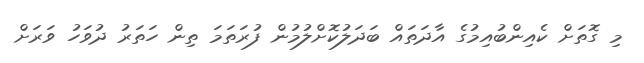
މި ގޮތަށް ކެއިންބުއިމުގެ އާދަތައް ބަދަލުކޮށްލުމުން ފުރަތަމަ ތިން ހަތަރު ދުވަހު ވަރަށް